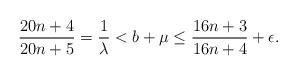
LaTeX: \begin{align*} \frac{20n+4}{20n+5}=\frac{1}{\lambda} < b + \mu \leq \frac{16n + 3}{16n + 4}+ \epsilon.\end{align*}